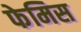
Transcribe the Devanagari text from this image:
फेमिस